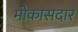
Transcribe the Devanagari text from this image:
मोकासदार